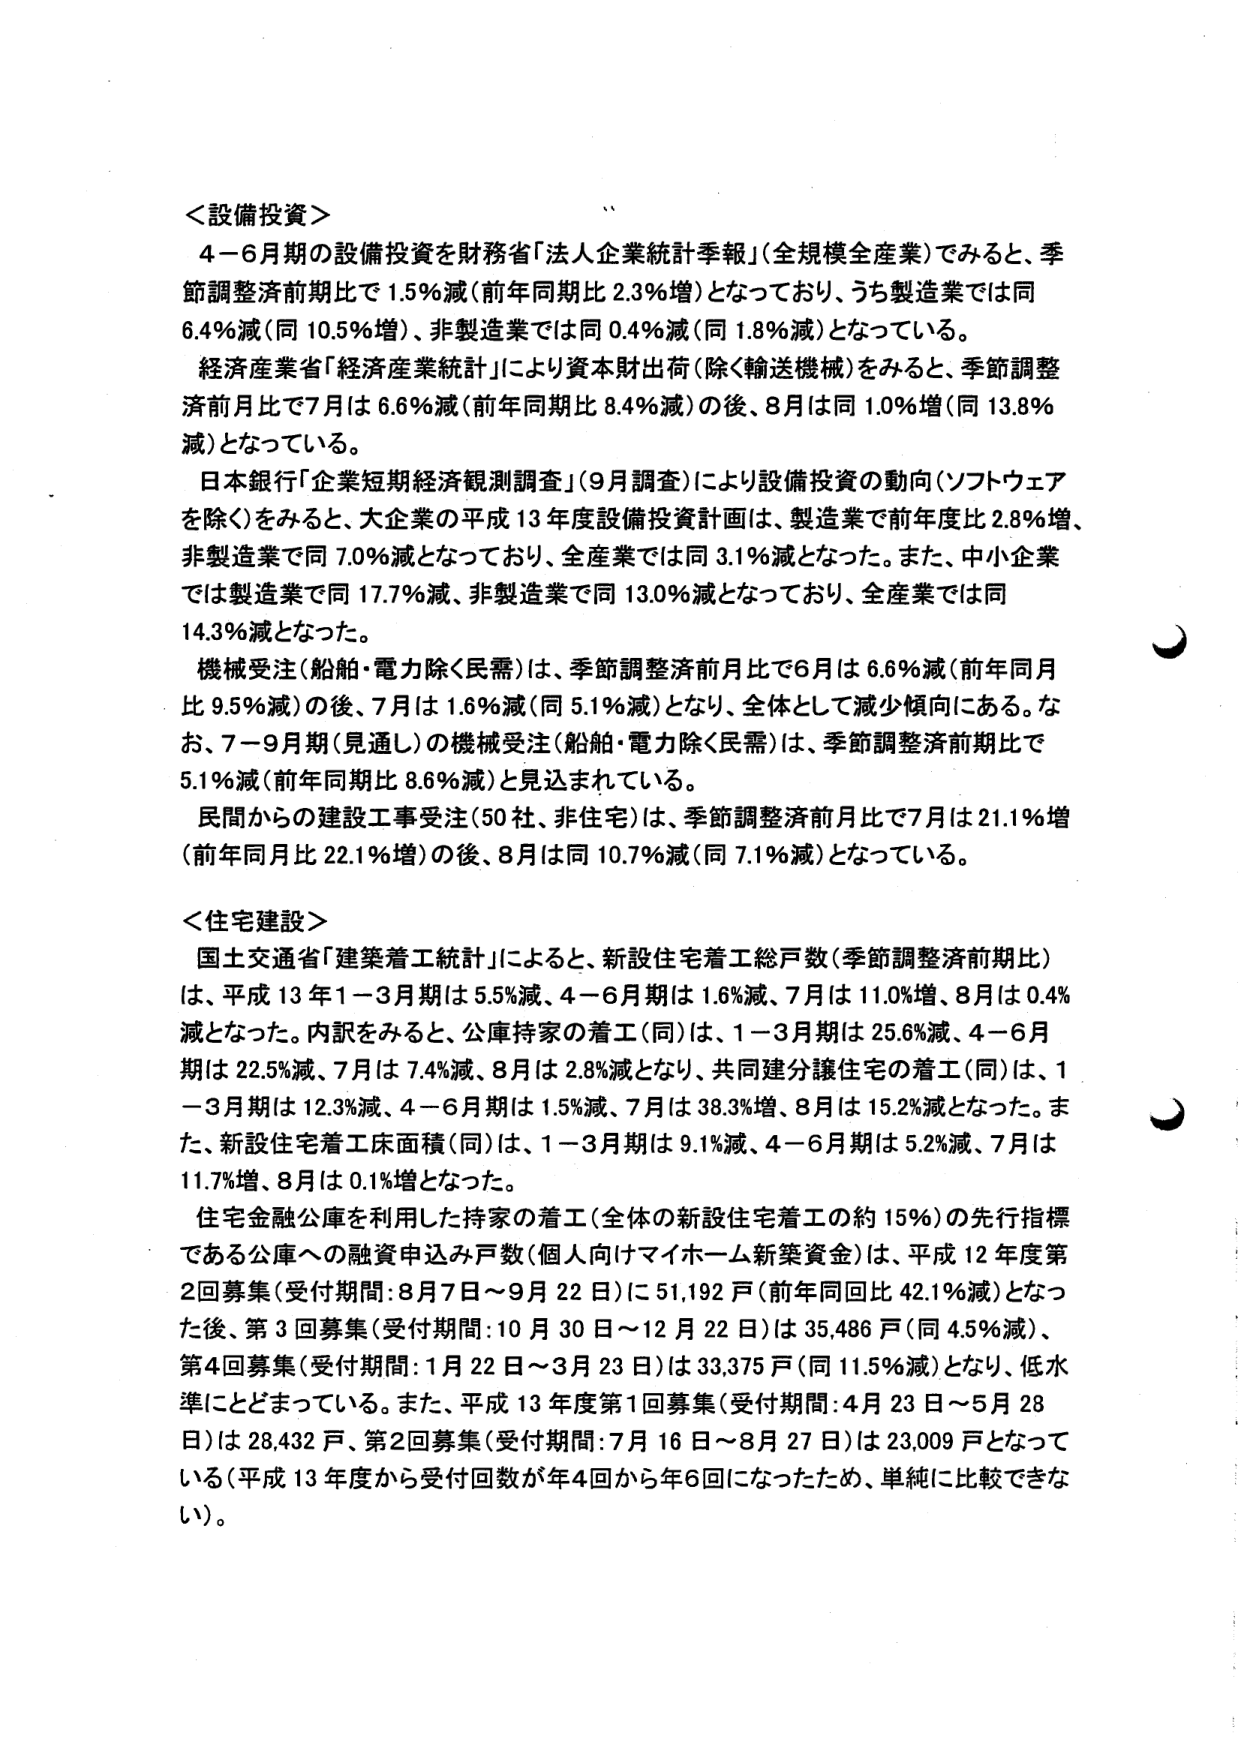
＜設備投資＞
４－６月期の設備投資を財務省「法人企業統計季報」（全規模全産業）でみると、季節調整済前期比で1.5％減（前年同期比2.3％増）となっており、うち製造業では同6.4％減（同10.5％増）、非製造業では同0.4％減（同1.8％減）となっている。
経済産業省「経済産業統計」により資本財出荷（除く輸送機械）をみると、季節調整済前月比で7月は6.6％減（前年同期比8.4％減）の後、8月は同1.0％増（同13.8％減）となっている。
日本銀行「企業短期経済観測調査」（9月調査）により設備投資の動向（ソフトウェアを除く）をみると、大企業の平成13年度設備投資計画は、製造業で前年度比2.8％増、非製造業で同7.0％減となっており、全産業では同3.1％減となった。また、中小企業では製造業で同17.7％減、非製造業で同13.0％減となっており、全産業では同14.3％減となった。
機械受注（船舶・電力除く民需）は、季節調整済前月比で6月は6.6％減（前年同月比9.5％減）の後、7月は1.6％減（同5.1％減）となり、全体として減少傾向にある。なお、7－9月期（見通し）の機械受注（船舶・電力除く民需）は、季節調整済前期比で5.1％減（前年同期比8.6％減）と見込まれている。
民間からの建設工事受注（50社、非住宅）は、季節調整済前月比で7月は21.1％増（前年同月比22.1％増）の後、8月は同10.7％減（同7.1％減）となっている。

＜住宅建設＞
国土交通省「建築着工統計」によると、新設住宅着工総戸数（季節調整済前期比）は、平成13年1－3月期は5.5％減、4－6月期は1.6％減、7月は11.0％増、8月は0.4％減となった。内訳をみると、公庫持家の着工（同）は、1－3月期は25.6％減、4－6月期は22.5％減、7月は7.4％減、8月は2.8％減となり、共同建分譲住宅の着工（同）は、1－3月期は12.3％減、4－6月期は1.5％減、7月は38.3％増、8月は15.2％減となった。また、新設住宅着工床面積（同）は、1－3月期は9.1％減、4－6月期は5.2％減、7月は11.7％増、8月は0.1％増となった。
住宅金融公庫を利用した持家の着工（全体の新設住宅着工の約15％）の先行指標である公庫への融資申込み戸数（個人向けマイホーム新築資金）は、平成12年度第2回募集（受付期間：8月7日～9月22日）に51,192戸（前年同回比42.1％減）となった後、第3回募集（受付期間：10月30日～12月22日）は35,486戸（同4.5％減）、第4回募集（受付期間：1月22日～3月23日）は33,375戸（同11.5％減）となり、低水準にとどまっている。また、平成13年度第1回募集（受付期間：4月23日～5月28日）は28,432戸、第2回募集（受付期間：7月16日～8月27日）は23,009戸となっている（平成13年度から受付回数が年4回から年6回になったため、単純に比較できない）。